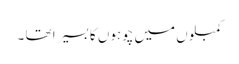
کمبلوں میں چوہوں کا بسیرا تھا ۔